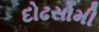
દોઢસોમી